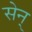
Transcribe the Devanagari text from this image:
सेन्‌